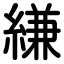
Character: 縑